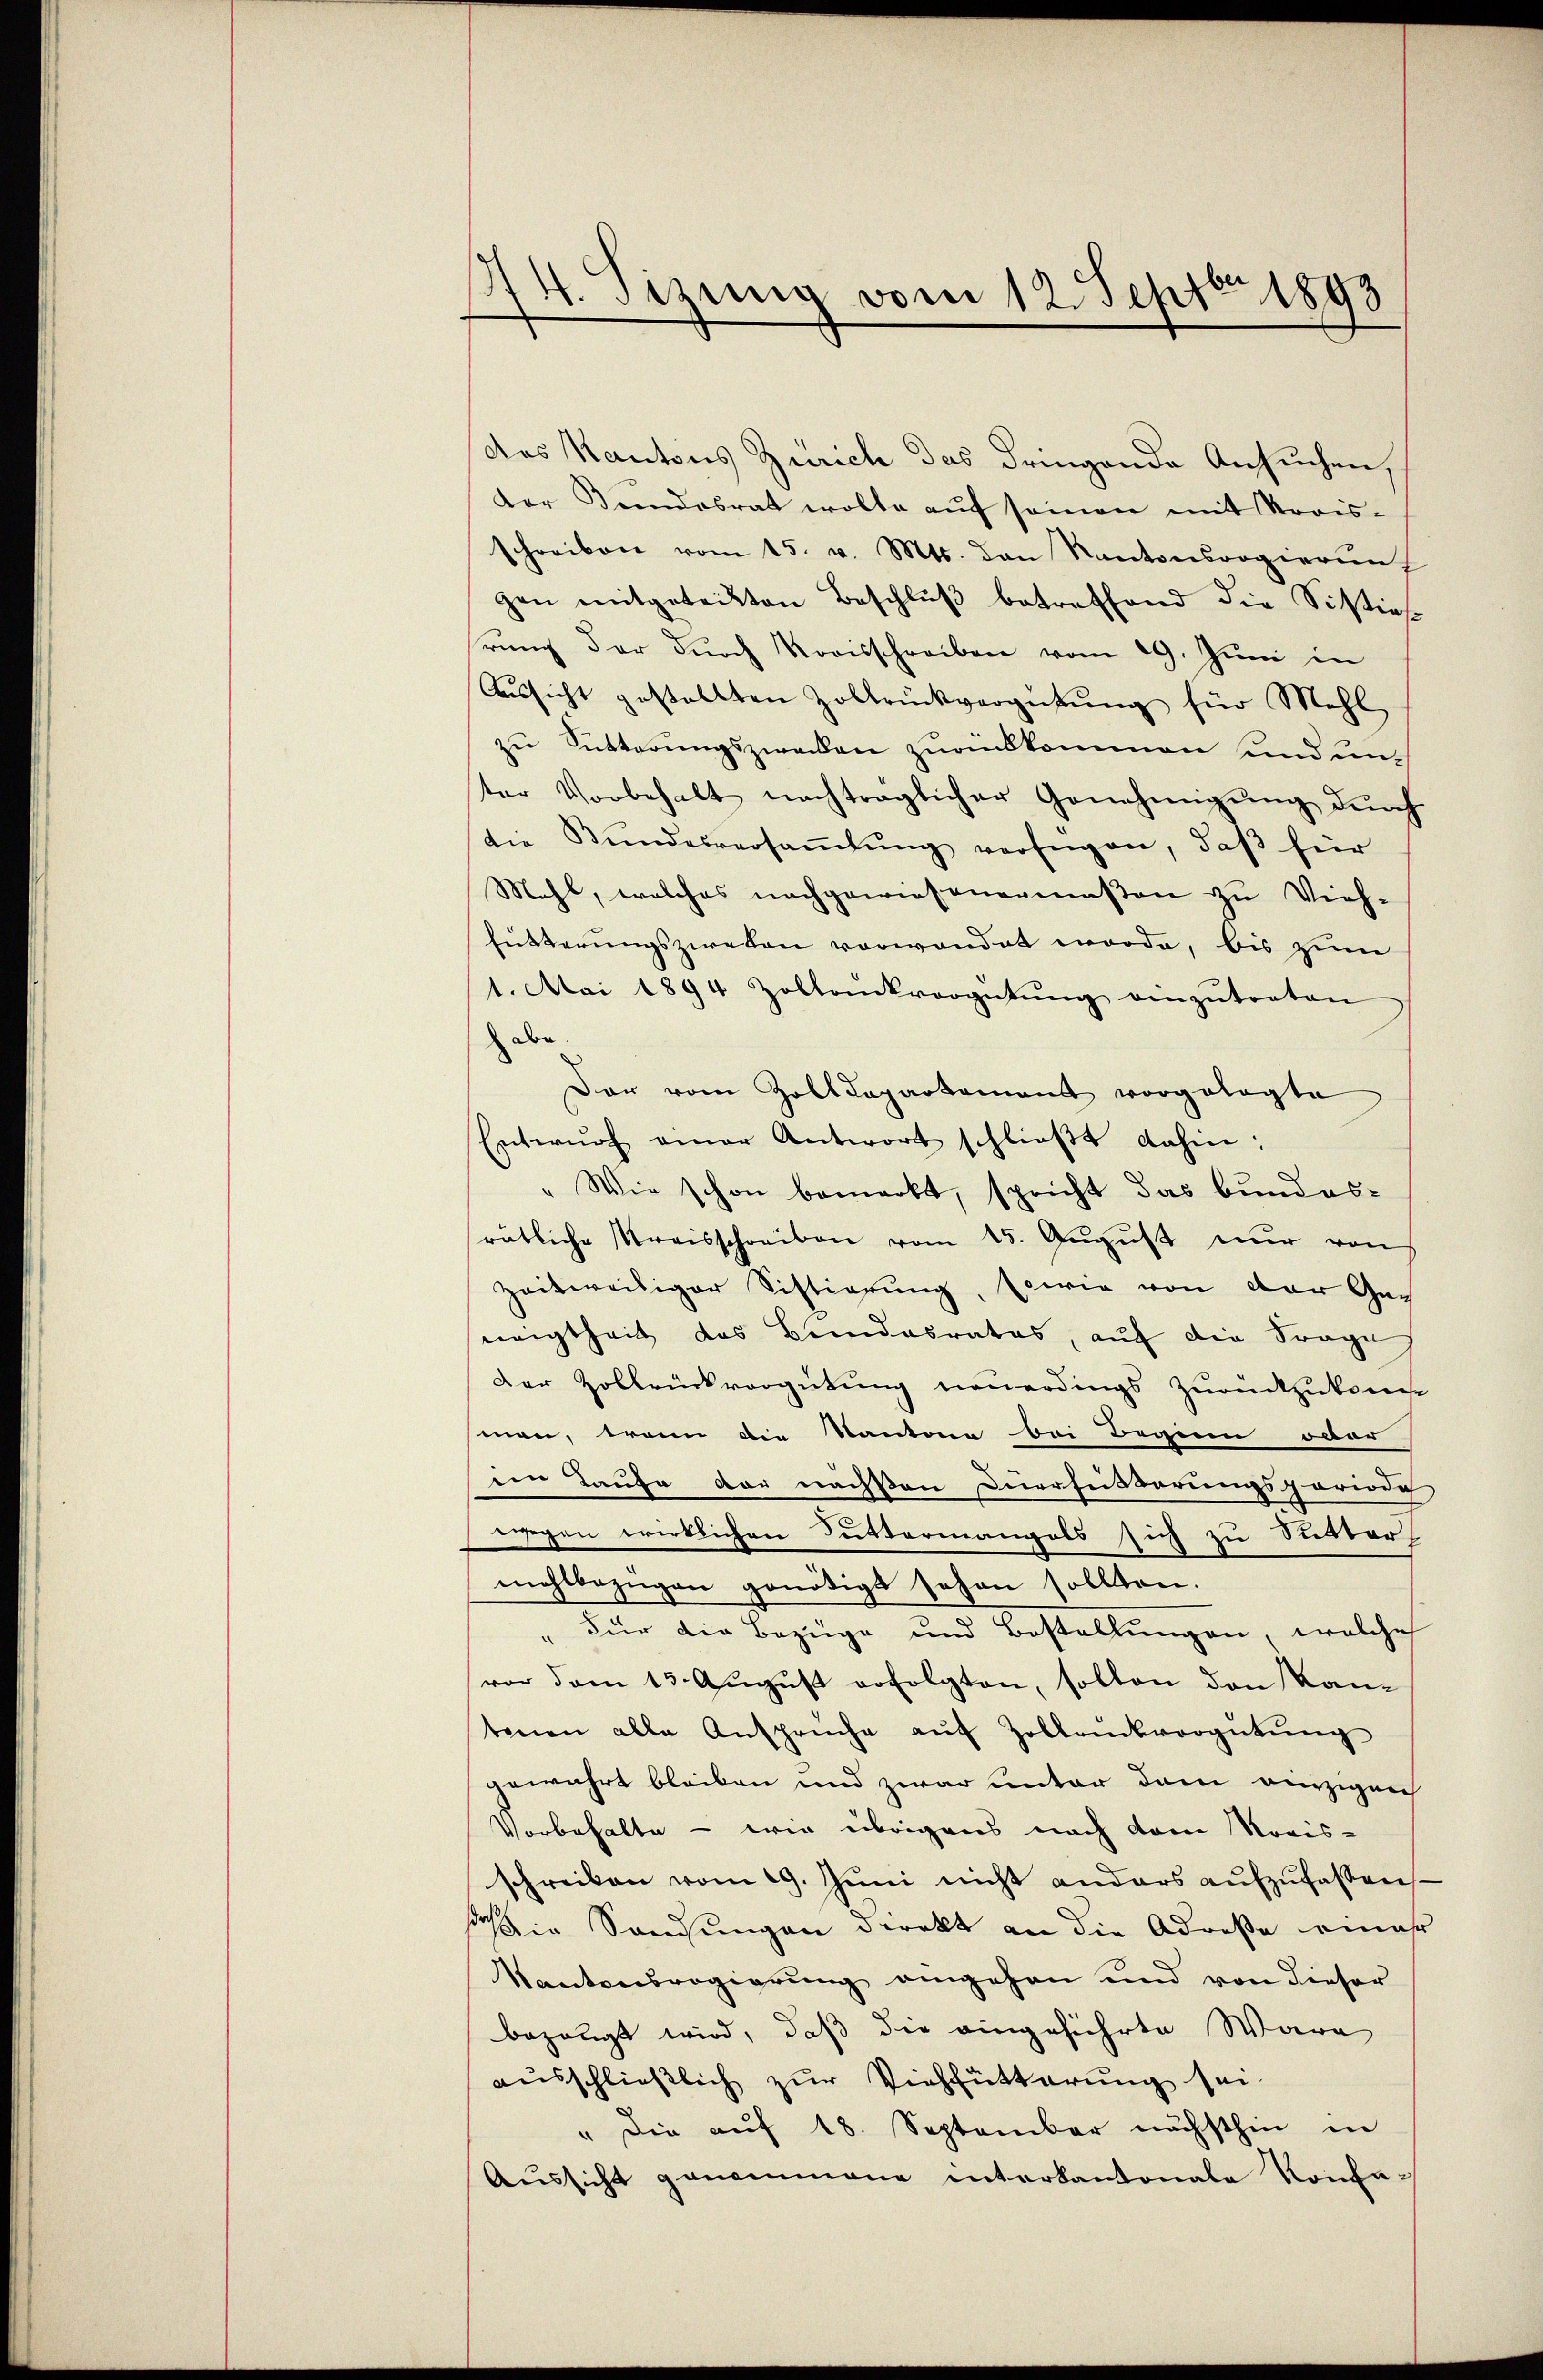
14. Sizung vom 12. Septbr 1893

Das Kantons Zürich das dringende Ansuchen,
der Bundesrat wolle auf seinen mit Krois-
schreiben vom 15. v. Mts. den Kantonsrogierŭng
gen mitgeteilten Beschlŭβ betreffend die Sisties
rŭng der dŭrch Kreisschreiben vom 29. Jŭni in
Aŭssicht gestellten Zollrückvergütŭng für Mehl
zu Fütterungszwecken zurückkommen und unter Vorbehalt nachträglicher Genehmigŭng durch
die Bŭndesversaṁlŭng verfügen, daß für
Mahl, welches nachgewiesenermaßen zu Vieh-
Fütterungszweken vorwandet worde, bis zum
1. Mai 1894 Zolloŭckvergütŭng einzŭtreten
Don
dar vom Zolldepartement vorgelegte
Entwŭrf einer Antwort schlieβt dahin:
Wie schon bemerkt, spricht das bundesratliche Kreisschreiben vom 15. August nur von
zeitweiliger Sistierung, sowie von der Geg
neigtheit das Bundesrates, aŭf die Frage
Der Zollrückvergütung neuerdings zurückzukom
man, wenn die Kantone bei Beginn oder
een Taufe der nachsen Duerheitbarungsperiode
ewegen wirklichen Kuttermangels sich zu Silber
mehlbezügen genötigt sehen sollten.
Für die Bezüge und Bestellungen, welche
vor dem 13. August erfolgten, sollen den Kantenen alle Ansprüche auf Zollrückvergütung
gewahrt bleiben und zwar unter dem einzigen
Vorbehalte - wie übrigens nach dem Moris-
schreiben vom 19. Jŭni nicht anders aŭfzŭfassen-
sich in Sandungen direkt an die Adresse mehr
Kantonsregierŭng angehen und von dieser
bezeugt wird, daß die eingeführte Ware
ausschließlich zur Viehfütterung sei
" die auf 18. September nächsthin in
Aŭssicht genommene interkantonale Konfe¬